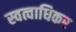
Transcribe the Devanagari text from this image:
स्वत्वाधिकर